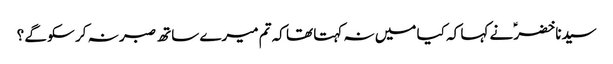
سیدنا خضرؑ نے کہا کہ کیا میں نہ کہتا تھا کہ تم میرے ساتھ صبر نہ کر سکو گے ؟